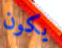
يكون